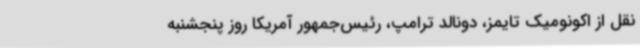
نقل از اکونومیک تایمز، دونالد ترامپ، رئیس‌جمهور آمریکا روز پنجشنبه